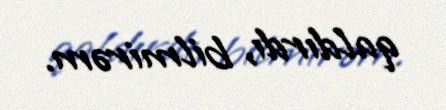
qaldırdı, bilmirəm.